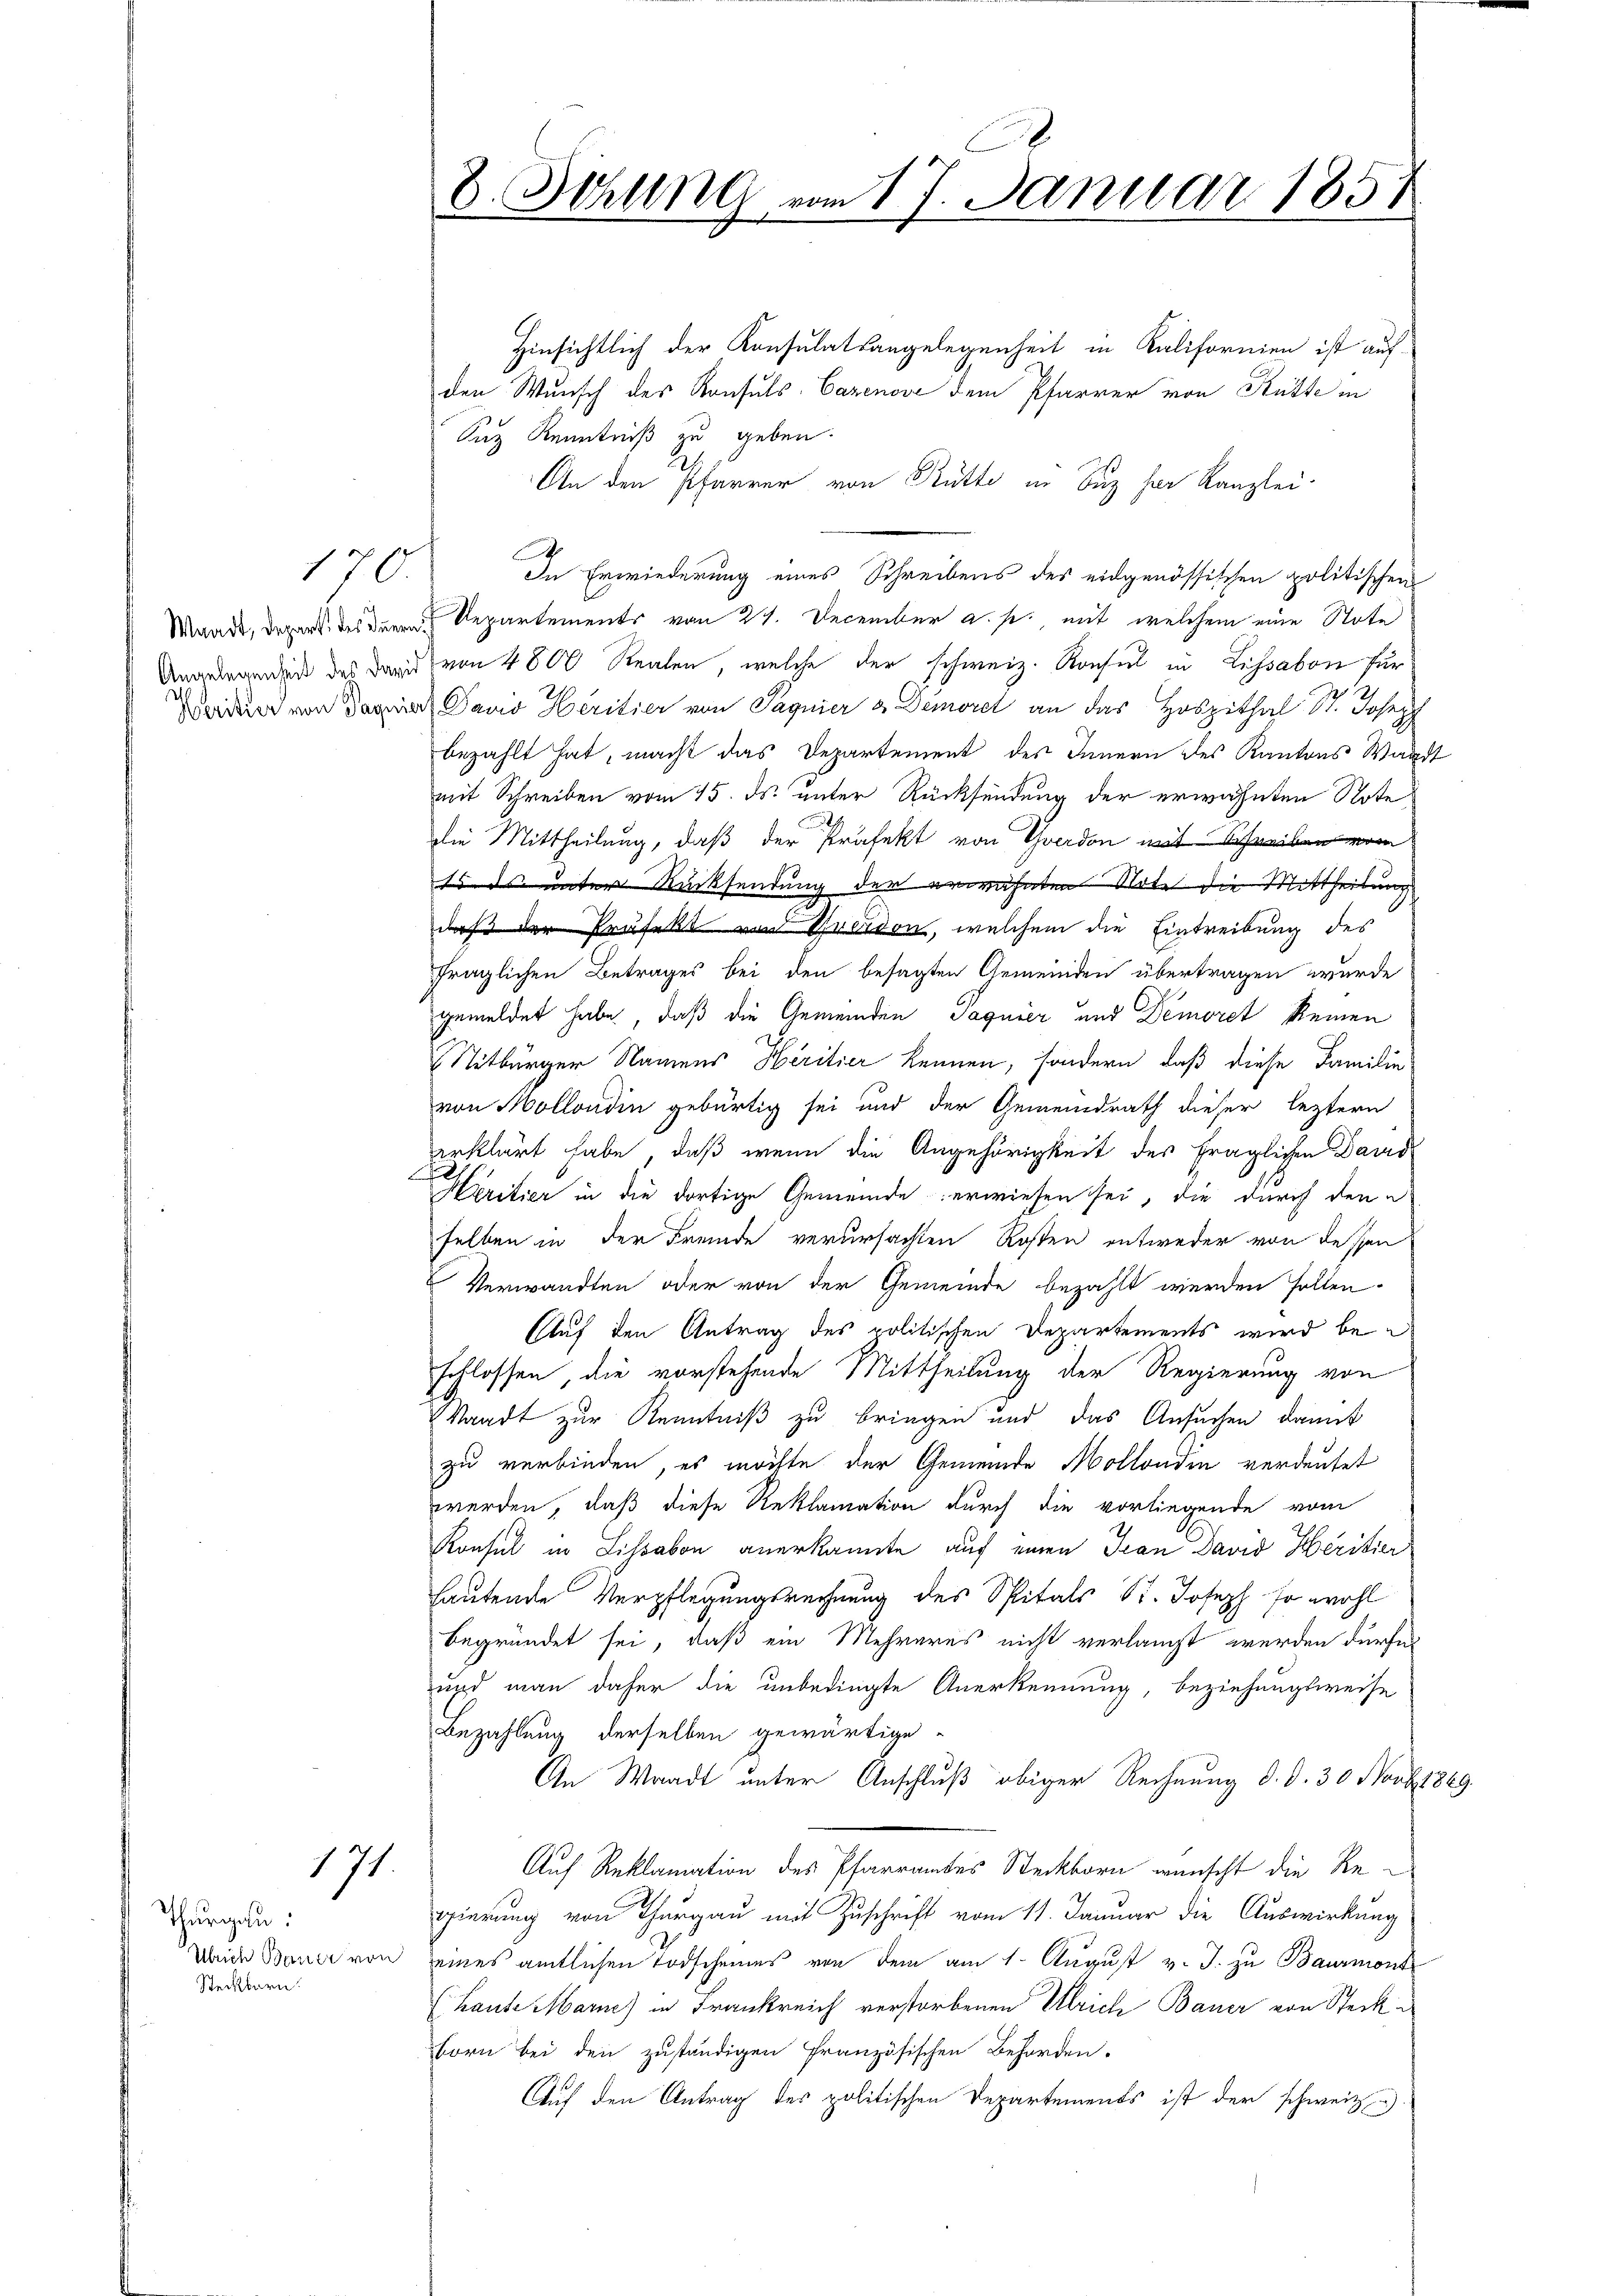
170.

Angelegenheit des David

171

Thurgau:
Ulrich Bauer von
Steckbarn.

8. Fehlen vom 17. Januar 1851
e

Hinsichtlich der Konsulatsangelegenheit in Kalifornien ist aufden Wunsch des Konsuls. Cazenove dem Pfarrer von Rütte in
Suz Kenntniß zu geben.
An den Pfarrer von Rütte in Suz her Kanzlei-
In Erwiederung eines Schreibens des eidgenössischen politischen
Waadt, Depart des den Repartements von 24. December a. p. mit welchem eine Note
von 4800 Realen, welche der schweiz. Konsul in Lissabon für
d von der Pavio Heritier von Sagnier & Demorel an das Hospithal St. Joseph
bezahlt hat, macht das Departement des Innern des Kantons Waadt
mit Schreiben vom 15. ds. unter Rücksendung der erwähnten Note
die Mittheilung, daß der Präfekt von Gardon mit Schreiben vom
Es ds unter Rücksendung der erwähnten Note die Mittheilung
daß der Präfekt zu Grerdon, welchem die Eintreibung des
fraglichen Betrages bei den besagten Gemeinden übertragen wurde
gemeldet habe, daß die Gemeinden Paquier und Demort keinen
Sitbürger Namens Heritier kennen, sondern, daß diese Familie
von Mollondin gebürtig sei und der Gemeindrath dieser leztern
eerklärt habe, daß wenn die Angehörigkeit des fraglichen Dars
Heritier in die dortige Gemeinde erwiesen sei, die durch den e
selben in der Fremde verursachten Kosten entweder von dessen
Verwandten oder von der Gemeinde bezahlt werden sollen.
Auf den Antrag des politischen Departements wird be
schlossen, die vorstehende Mittheilung der Regierung von
Standt zur Kenntniß zu bringen und das Ansuchen damit
zu verbinden, es möchte der Gemeinde Mollondin verdeutet
werden, daß diese Reklamation durch die vorliegende vom
Konsul in Lissabon anerkannte auf einen Jean David Heritier
hautende Verpflegungsrechnung des Spitals St. Joseph so wohl
begründet sei, daß ein Mehreres nicht verlangt werden dürfen
und man daher die unbedingte Anerkennung, beziehungsweise
Bezahlung derselben gewärtige
An Waadt unter Anschluß obiger Rechnung d. d. 30 Novb. 1889.
Auf Reklamation des Pfarramtes Steckborn wünscht die Regierung von Thurgau mit Zuschrift vom 11. Januar die Auswirkung
eines amtlichen Todscheines von dem am 1. August v. J. zu Baurmont
(Laute Marie) in Frankreich verstorbenen Ulrich Bauer von Steck¬
Born bei den zuständigen französischen Behörden.
Auf den Antrag des politischen Departements ist der schweiz. u.